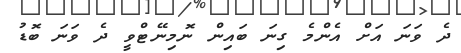
ދެ ވަނަ އަށް އެންމެ ގިނަ ބައިން ނޮމިނޭޓްވީ ދެ ވަނަ ބޮޑު